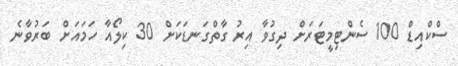
ސްކްއިޑް 100 ސެންޓިމީޓަރަށް ދިގުވާ އިރު ގާތްގަނޑަކަށް 30 ކިލޯއާ ހަމައަށް ބަރުވާނެ